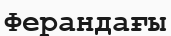
Ферандағы